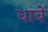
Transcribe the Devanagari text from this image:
धाबें